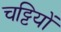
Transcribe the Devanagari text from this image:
चट्टियों